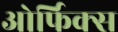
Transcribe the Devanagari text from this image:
ओर्फिक्स